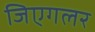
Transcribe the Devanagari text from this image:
जिएगलर